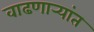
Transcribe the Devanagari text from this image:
वाढणार्‍यांत